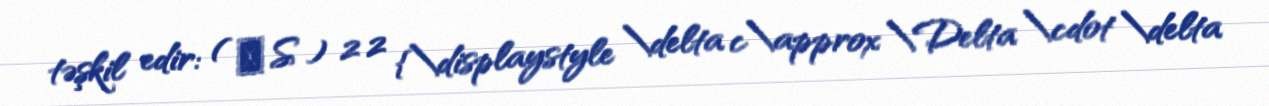
təşkil edir: ( δ S ) 2 2 {\displaystyle \delta c\approx \Delta \cdot \delta